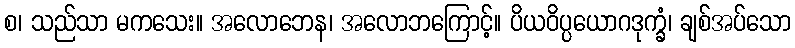
စ၊ သည်သာ မကသေး။ အလောဘေန၊ အလောဘကြောင့်။ ပိယဝိပ္ပယောဂဒုက္ခံ၊ ချစ်အပ်သော